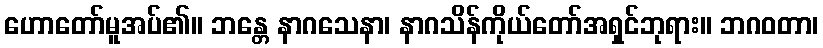
ဟောတော်မူအပ်၏။ ဘန္တေ နာဂသေနာ၊ နာဂသိန်ကိုယ်တော်အရှင်ဘုရား။ ဘဂဝတာ၊